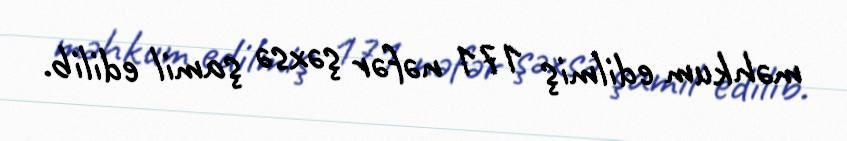
məhkum edilmiş 171 nəfər şəxsə şamil edilib.